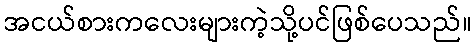
အငယ်စားကလေးများကဲ့သို့ပင်ဖြစ်ပေသည်။